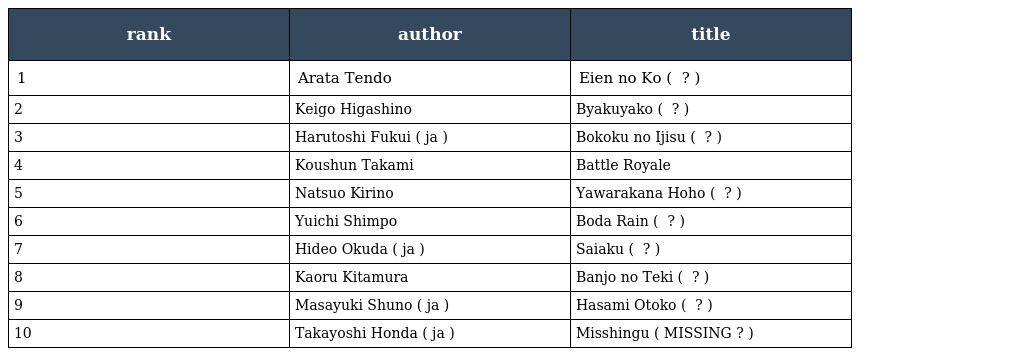
| rank | author | title |
 | --- | --- | --- |
 | 1 | Arata Tendo | Eien no Ko ( 永遠の仔 ? ) |
 | 2 | Keigo Higashino | Byakuyako ( 白夜行 ? ) |
 | 3 | Harutoshi Fukui ( ja ) | Bokoku no Ijisu ( 亡国のイージス ? ) |
 | 4 | Koushun Takami | Battle Royale |
 | 5 | Natsuo Kirino | Yawarakana Hoho ( 柔らかな頬 ? ) |
 | 6 | Yuichi Shimpo | Boda Rain ( ボーダーライン ? ) |
 | 7 | Hideo Okuda ( ja ) | Saiaku ( 最悪 ? ) |
 | 8 | Kaoru Kitamura | Banjo no Teki ( 盤上の敵 ? ) |
 | 9 | Masayuki Shuno ( ja ) | Hasami Otoko ( ハサミ男 ? ) |
 | 10 | Takayoshi Honda ( ja ) | Misshingu ( MISSING ? ) |